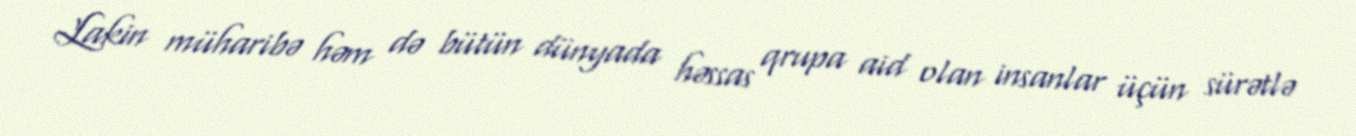
Lakin müharibə həm də bütün dünyada həssas qrupa aid olan insanlar üçün sürətlə